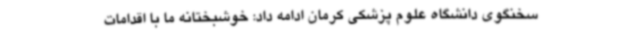
سخنگوی دانشگاه علوم پزشکی کرمان ادامه داد: خوشبختانه ما با اقدامات